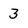
Character: 3